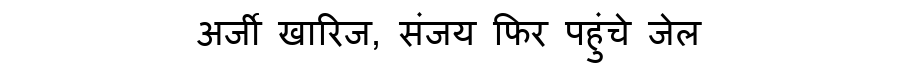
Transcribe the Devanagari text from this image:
अर्जी खारिज, संजय फिर पहुंचे जेल